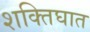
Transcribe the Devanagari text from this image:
शक्तिघात